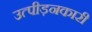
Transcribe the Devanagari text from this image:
उत्पीड़नकारी